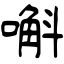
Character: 嘝